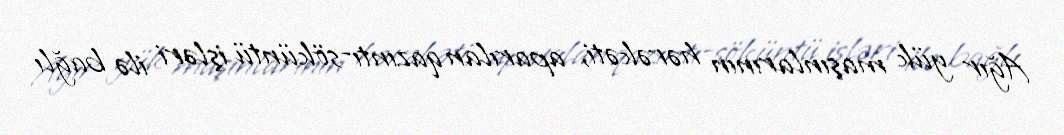
Ağır yük maşınlarının hərəkəti, aparılan qazıntı-söküntü işləri ilə bağlı